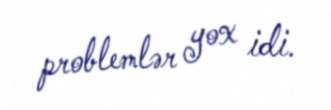
problemlər yox idi.